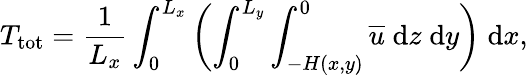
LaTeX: T_{\mathrm{tot}}=\frac{1}{L_{x}}\int_{0}^{L_{x}}\left(\int_{0}^{L_{y}}\int_{-H(x,y)}^{0}\overline{{u}}\; \mathrm{d}z\; \mathrm{d}y\right)\; \mathrm{d}x,